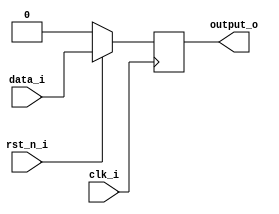
// This program was cloned from: https://github.com/iic-jku/iic-audiodac-v1
// License: Apache License 2.0

// SPDX-FileCopyrightText: 2022 Johannes Kepler University, Institute for 
// Integrated Circuits (H. Pretl, L. Blagojevic, M. Esen, K. Freinberger, 
// M. Golser, M. Hackl, A. Hinterdorfer, O. Kara, D. Kellerer, P. Kotek, 
// J. Mayrhofer, M. Meingast, T. Pankratz, J. Ratschenberger, R. Reddy.Mitta, 
// P. Schmidt, S. Seidl, I. Shala, M. Zbl)
//
// Licensed under the Apache License, Version 2.0 (the "License");
// you may not use this file except in compliance with the License.
// You may obtain a copy of the License at
//
//      http://www.apache.org/licenses/LICENSE-2.0
//
// Unless required by applicable law or agreed to in writing, software
// distributed under the License is distributed on an "AS IS" BASIS,
// WITHOUT WARRANTIES OR CONDITIONS OF ANY KIND, either express or implied.
// See the License for the specific language governing permissions and
// limitations under the License.
// SPDX-License-Identifier: Apache-2.0

`ifndef _D_FLIP_FLOP_
`define _D_FLIP_FLOP_
module stud_d_flip_flop (input clk_i, rst_n_i, data_i, 
					output reg output_o);
	always @(posedge clk_i) begin
		if(~rst_n_i) begin
			output_o <= 1'b0;
		end else begin
			output_o <= data_i;
		end
	end
endmodule
`endif